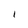
Character: I